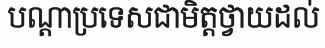
បណ្តាប្រទេសជាមិត្តថ្វាយដល់